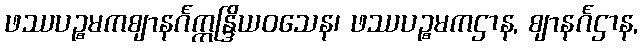
ဖဿပဉ္စမကဈာနင်္ဂဣန္ဒြိယဝသေန၊ ဖဿပဉ္စမကဌာန, ဈာနင်္ဂဌာန,